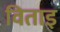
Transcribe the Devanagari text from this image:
विताइ